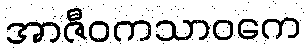
အာဇီဝကသာဝကေ